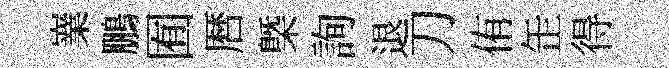
嶪鵬囿暦㮣詢退刀侑𦈢得